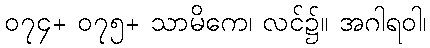
၀၇၄+ ၀၇၅+ သာမိကေ၊ လင်၌။ အဂါရဝါ၊